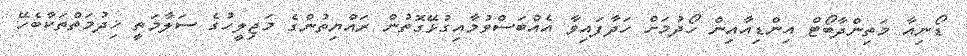
ޑޯނިއާ މަތިންދާބޯޓް އިންޑިއާއިން ހޯދުމަށް ހަދާފައިވާ އެއްބަސްވުމާއިގުޅޭގޮތުން ރައްޔިތުންގެ މަޖިލީހުގެ ސަލާމަތީ ޚިދުމަތްތަކާބެހޭ